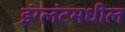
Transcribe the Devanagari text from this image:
इंग्लंटमधील